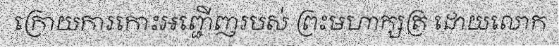
ក្រោយការកោះអញ្ជើញរបស់ ព្រះមហាក្សត្រ ដោយលោក